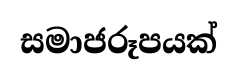
සමාජරූපයක්